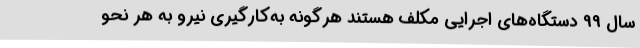
سال 99 دستگاه‌های اجرایی مکلف هستند هرگونه به‌کارگیری نیرو به هر نحو